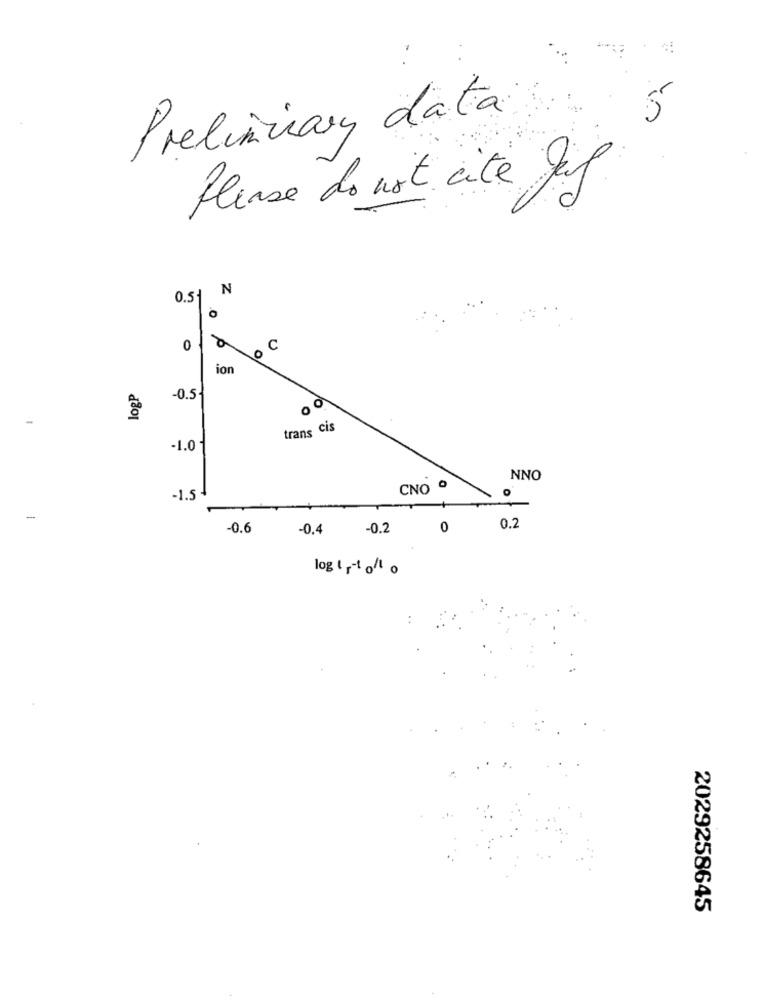
Preliminary data.
5
Please do not cité Jul
0.51 N
.O
à
0
o C
ion
logP
-0.5
00
trans Cis
-1.0
NNO
CNO º
O
-1.5
-
-0.6
-0.4
-0.2
0
0.2
2029258645